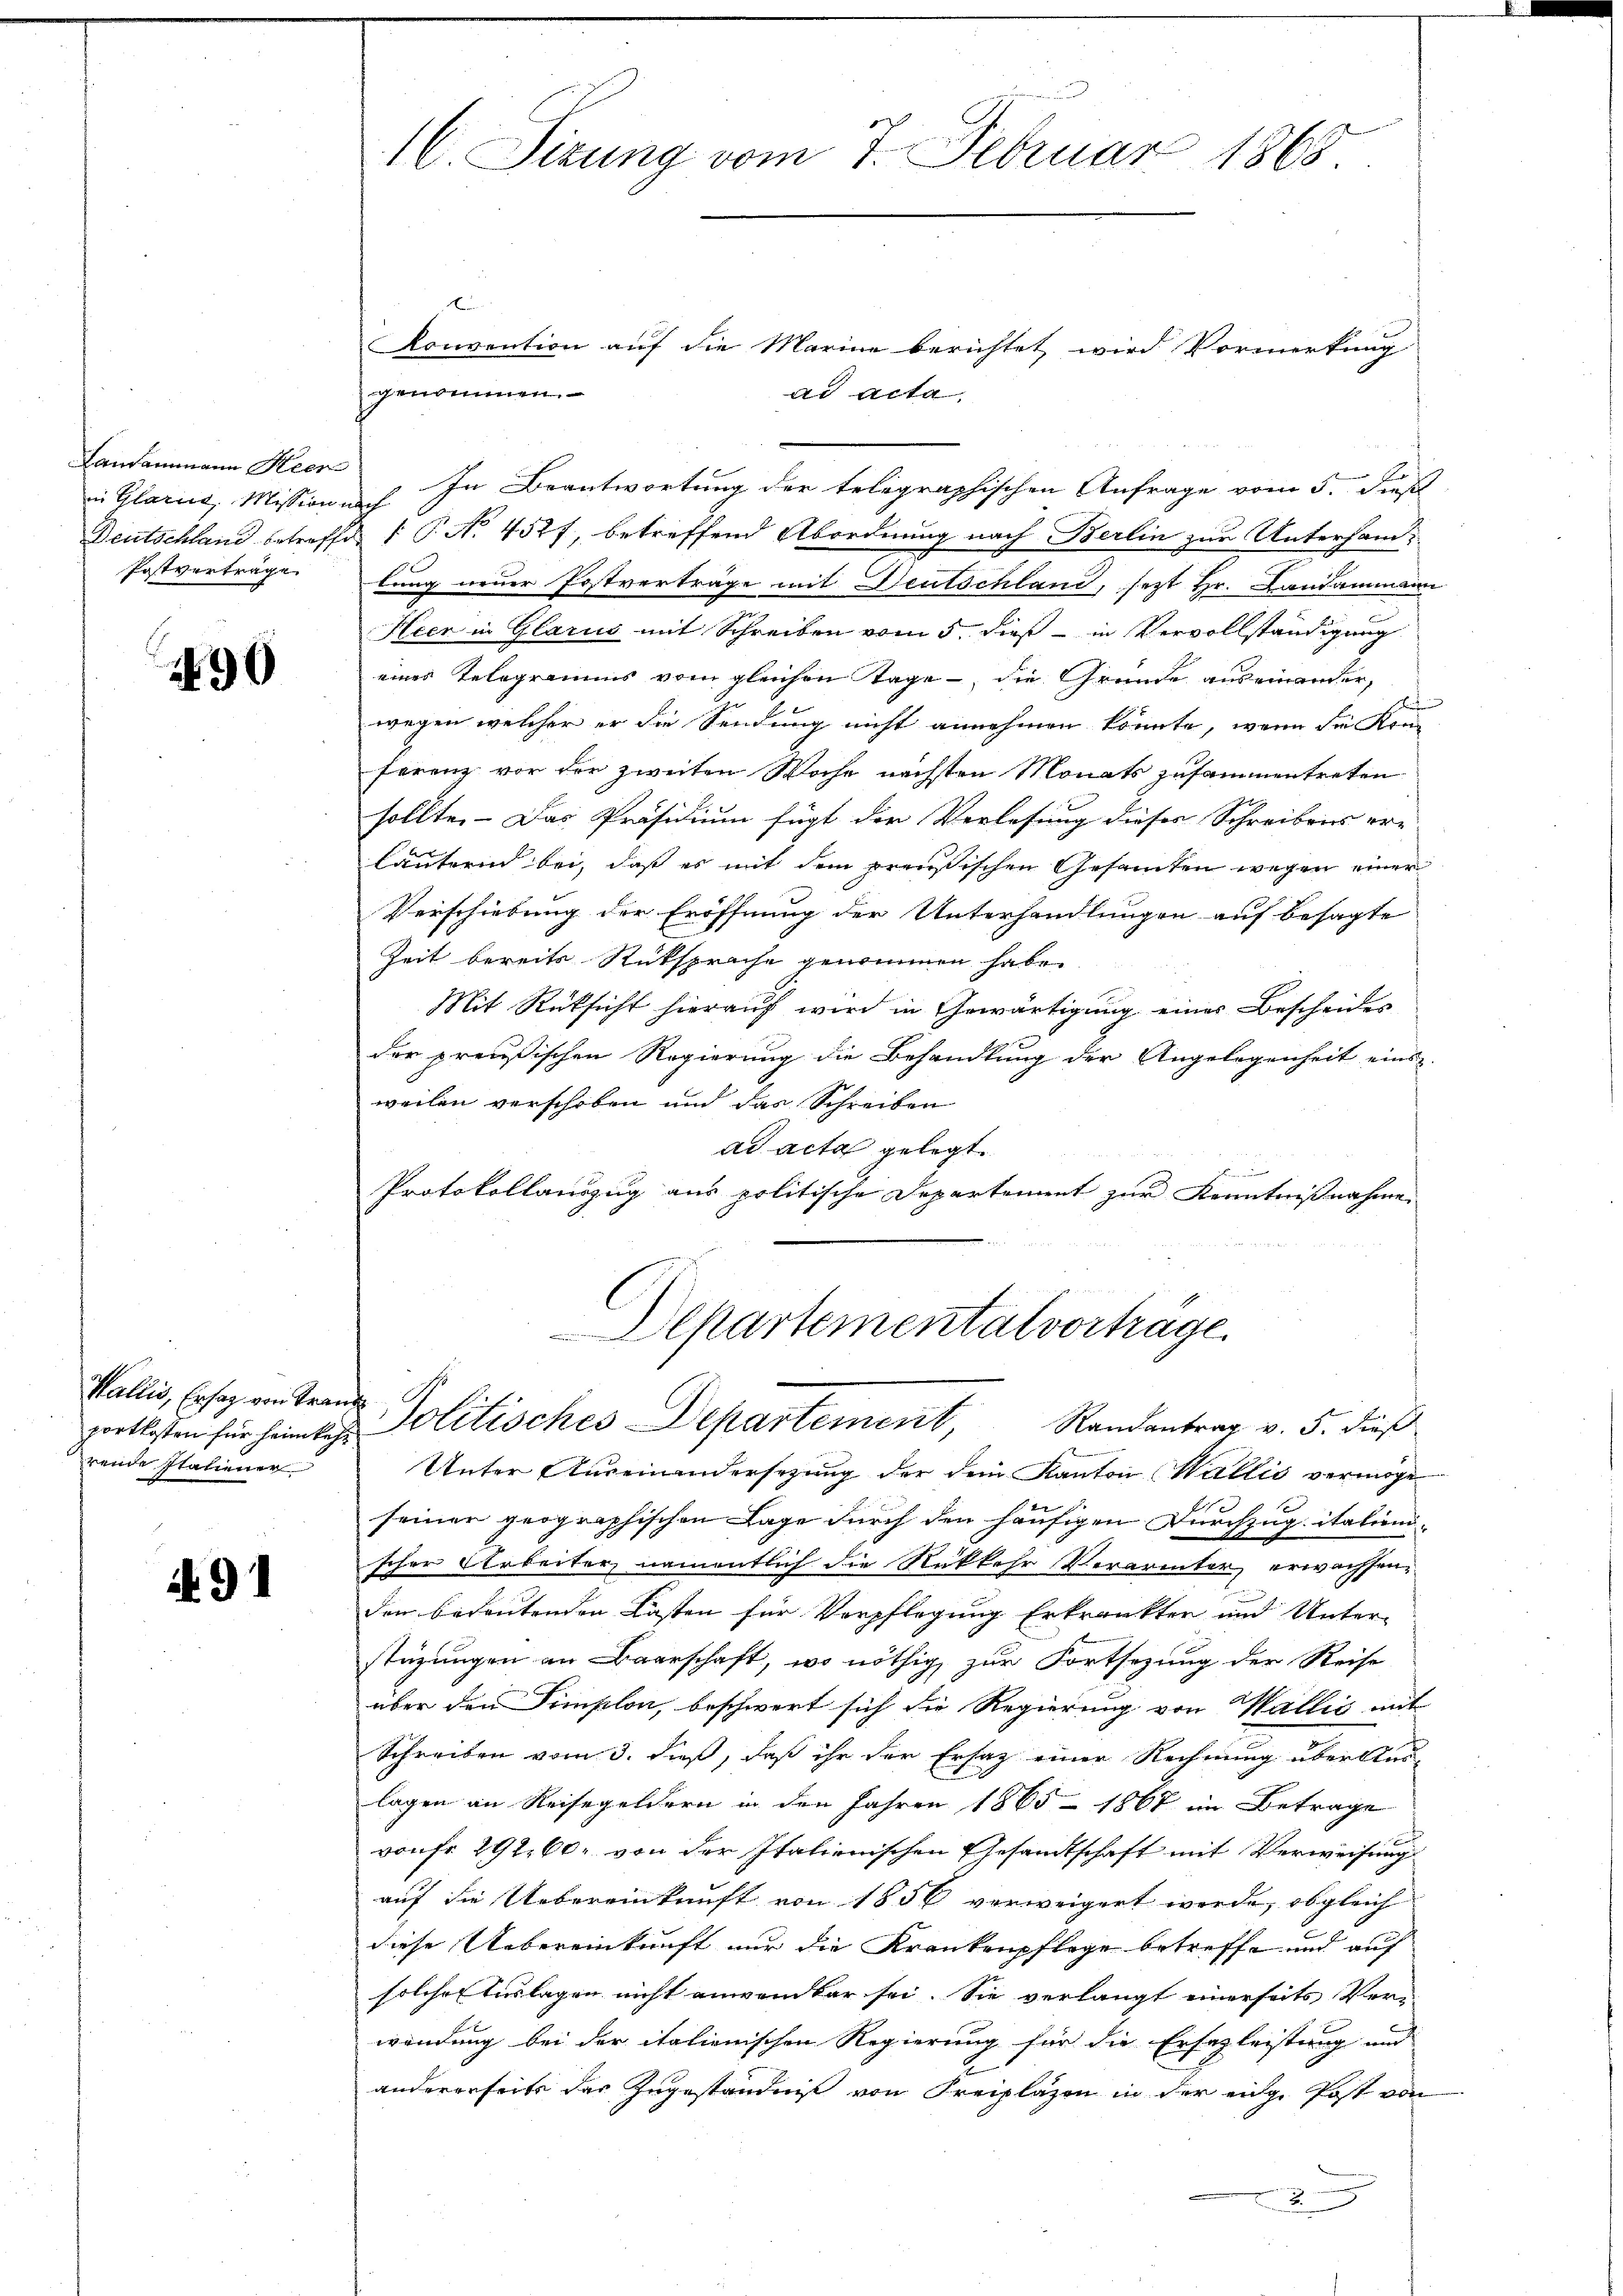
Landammann Heere
Postvertrage

490

portkosten für heimkehr
rende Statiener

. 91

16. Sizung vom 7. Februar 1865.

.
Konvention auf die Marine berichtet wird Vormerkung
genommen.
ad acta.
n Glarus, Missione. In Beantwortung der telegraphischen Anfrage vom 5. Dies
Deutschland betreffe  P. No. 452 f, betreffend Abordnung nach Berlin zur Untersamlung neuer Postverträge mit Deutschland, sezt Hr. Landammann
Heer in Glarus mit Schreiben vom 5. dieß in Vervollständigung
eines Telegramms vom gleichen Tage, die Gründe auseinander,
wegen welcher er die Sendung nicht annehmen könnte, wenn die Kre
ferenz vor der zweiten Woche nächsten Monats zusammentreten
sollte. Das Präsidium fügt die Verlesung dieses Schreibens ere
läuternd bei, daß es mit dem preußischen Gesamten wegen einer
Verschiebung der Eröffnung der Unterhandlungen auf besagte
Zeit bereits Rücksprache genommen habe.
Mit Rücksicht hierauf wird in Gewärtigung eines Bescheides
der preußischen Regierung die Behandlung der Angelegenheit eins
weilen verschoben und das Schreiben
ad acta gelegt.
n
Protokollauszug aus politische Departement zur Kenntnißnahme

Departemental vorträge.
Wallis, Ersez ain trand Politisches Departement, Randantrag v. 5. dieß

Unter Auseinandersezung der dein Kanton Wallis vermöge
seiner geographischen Lage durch den häufigen Durchzugitations-
scher Arbeiter, namentlich die Rükkehr Verarmter, erwachsenden bedeutenden Lasten für Verpflegung Erkrankten und Unter-
stüzungen an Baarschaft, wo nöthig zur Fortsezung der Reise
über den Simplon, beschwert sich die Regierung von Wallić mit
Schreiben vom 3. dieß, daß ihr der Ersatz einer Rechnung über Aus-
lagen an Reisegeldern in den Jahren 1865 - 1867 im Betrage
vonFr. 292, 60 von der Italienischen Gesandtschaft mit Verweisung
auf die Uebereinkunft von 1856 verweigert werde, obgleich
diese Uebereinkunft nur die Krankenpflege betreffe und auf
solches Auslagen nicht anwendbar sei. Sie verlangt einerseits Ver-
wendung bei der italienischen Regierung für die Ersazleistung und
2
andererseits das Zugeständniß von Freiplazen in der einge Post von
2